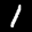
Label: 1